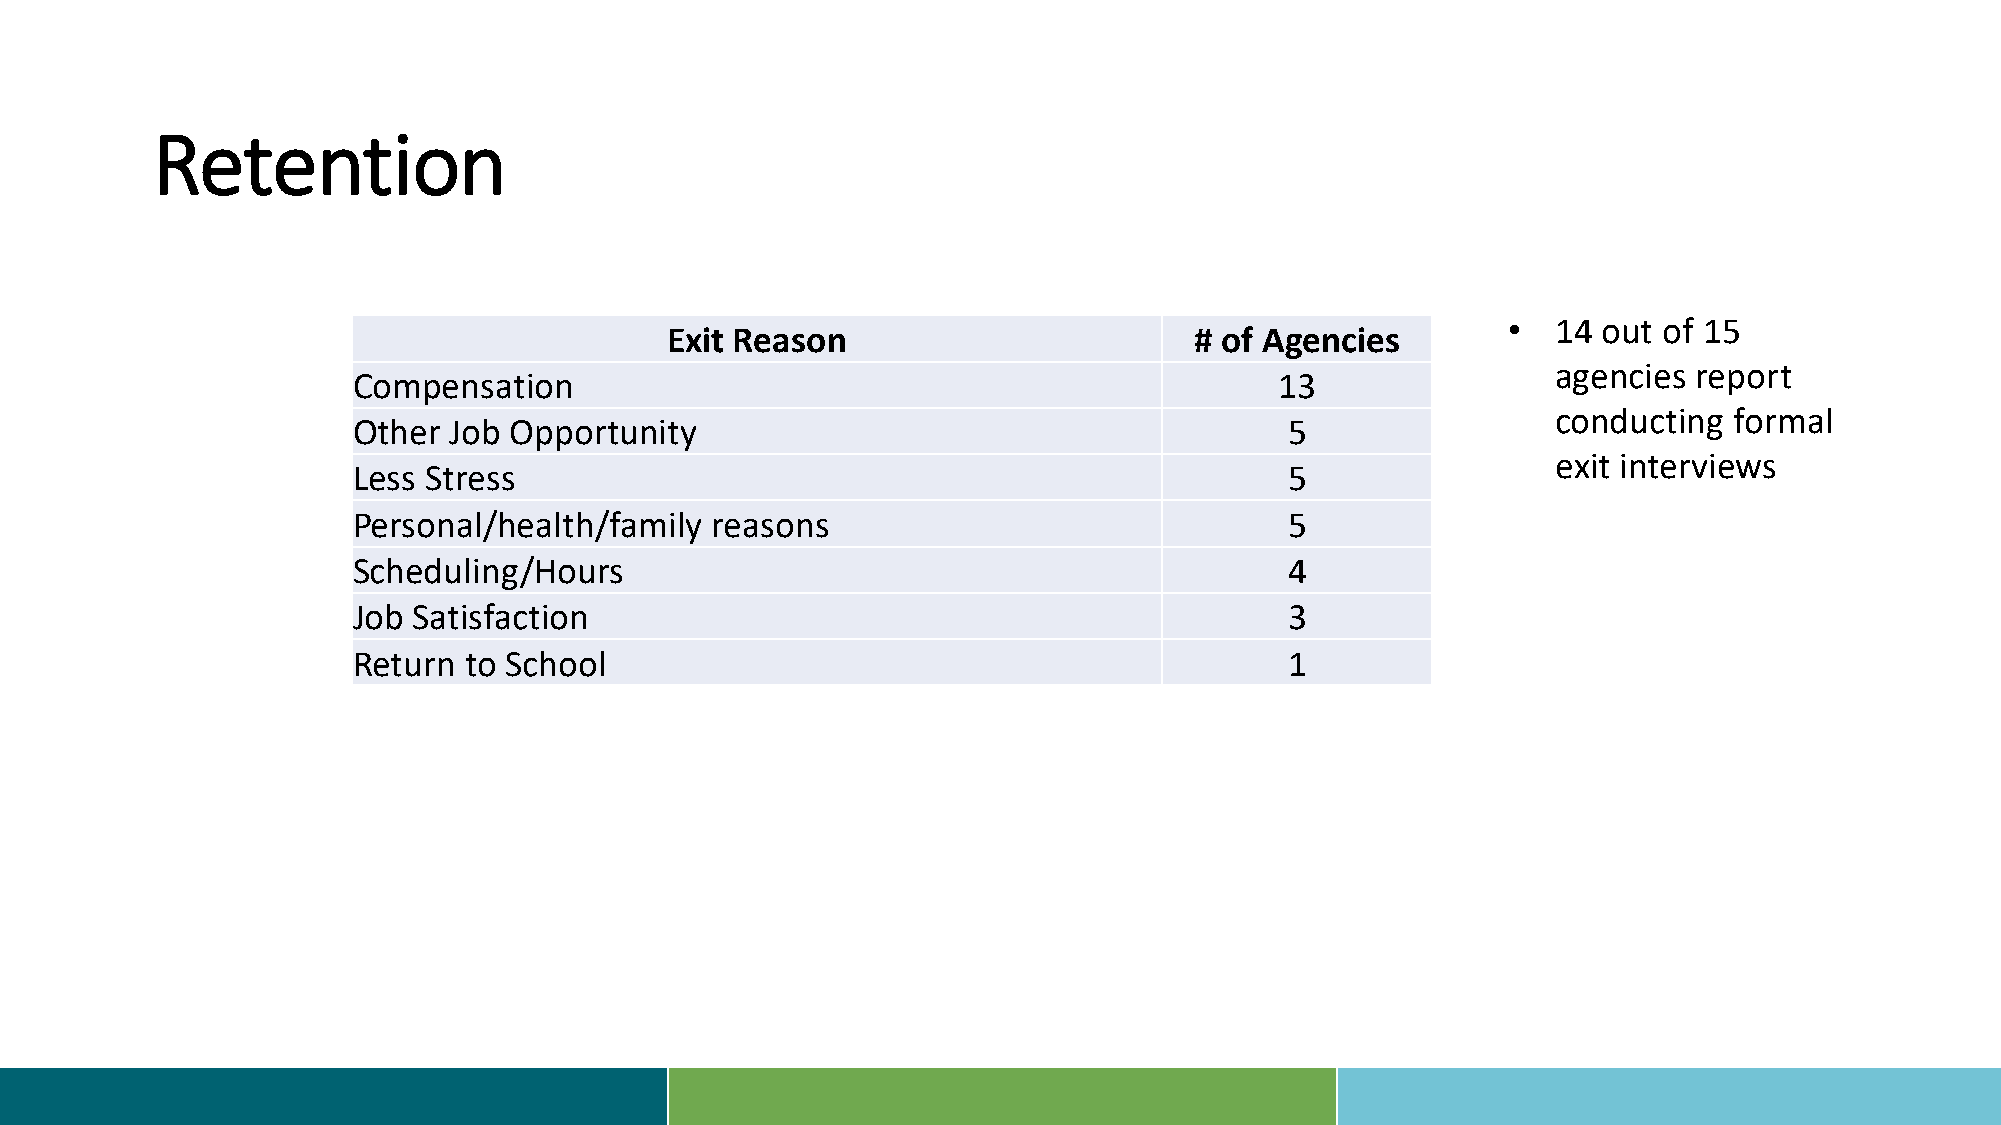
Retention
 •  14 out of 15
 Exit Reason                        # of Agencies
 agencies report
 Compensation                                                  13
 conducting  formal
 Other  Job Opportunity                                        5
 exit interviews
 Less Stress                                                   5
 Personal/health/family  reasons                               5
 Scheduling/Hours                                              4
 Job Satisfaction                                              3
 Return  to School                                             1